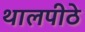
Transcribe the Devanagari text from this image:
थालपीठे